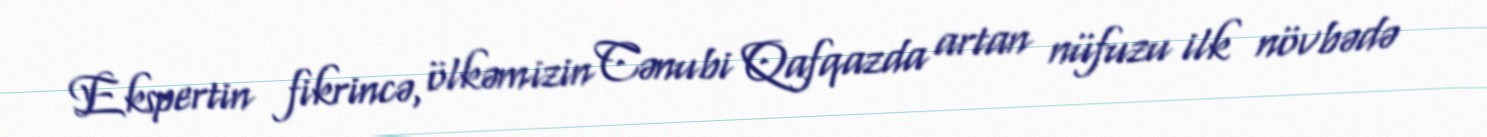
Ekspertin fikrincə, ölkəmizin Cənubi Qafqazda artan nüfuzu ilk növbədə